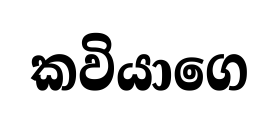
කවියාගෙ